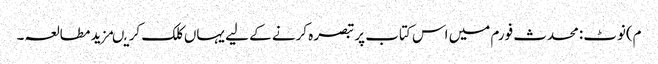
م)نوٹ:محدث فورم میں اس کتاب پر تبصرہ کرنے کے لیے یہاں کلک کریںمزید مطالعہ۔